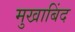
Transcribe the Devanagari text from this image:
मुखाबिंद